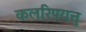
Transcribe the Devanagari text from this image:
कलरिपयत्तु